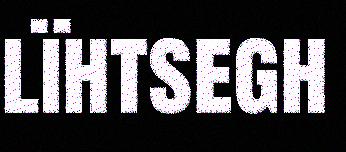
lïhtsegh